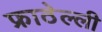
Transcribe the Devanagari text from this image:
फ्राठेल्ली